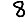
Digit: 8